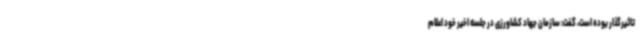
تاثیرگذار بوده است، گفت: سازمان جهاد کشاورزی در جلسه اخیر خود اعلام